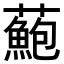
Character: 𧂫